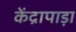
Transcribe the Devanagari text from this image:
केंद्रापाड़ा